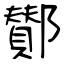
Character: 鄼